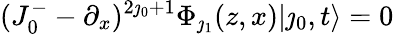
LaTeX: (J_{0}^{-}-\partial_{x})^{2\jmath_{0}+1}\Phi_{\jmath_{1}}(z,x)|\jmath_{0},t\rangle=0